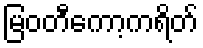
မြဝတီကော့ကရိတ်